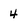
Character: 4